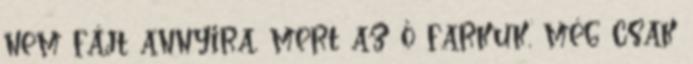
nem fájt annyira, mert az ő farkuk, még csak